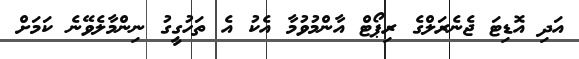
އަދި އޮޑިޓަ ޖެނެރަލްގެ ރިޕޯޓް އާންމުވުމާ އެކު އެ ތަހުގީގު ނިންމާލެވޭނެ ކަމަށް